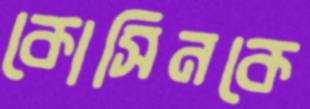
কোসিনকে